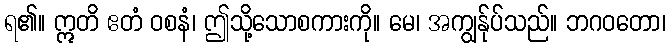
ရ၏။ ဣတိ ဧတံ ဝစနံ၊ ဤသို့သောစကားကို။ မေ၊ အကျွန်ုပ်သည်။ ဘဂဝတော၊